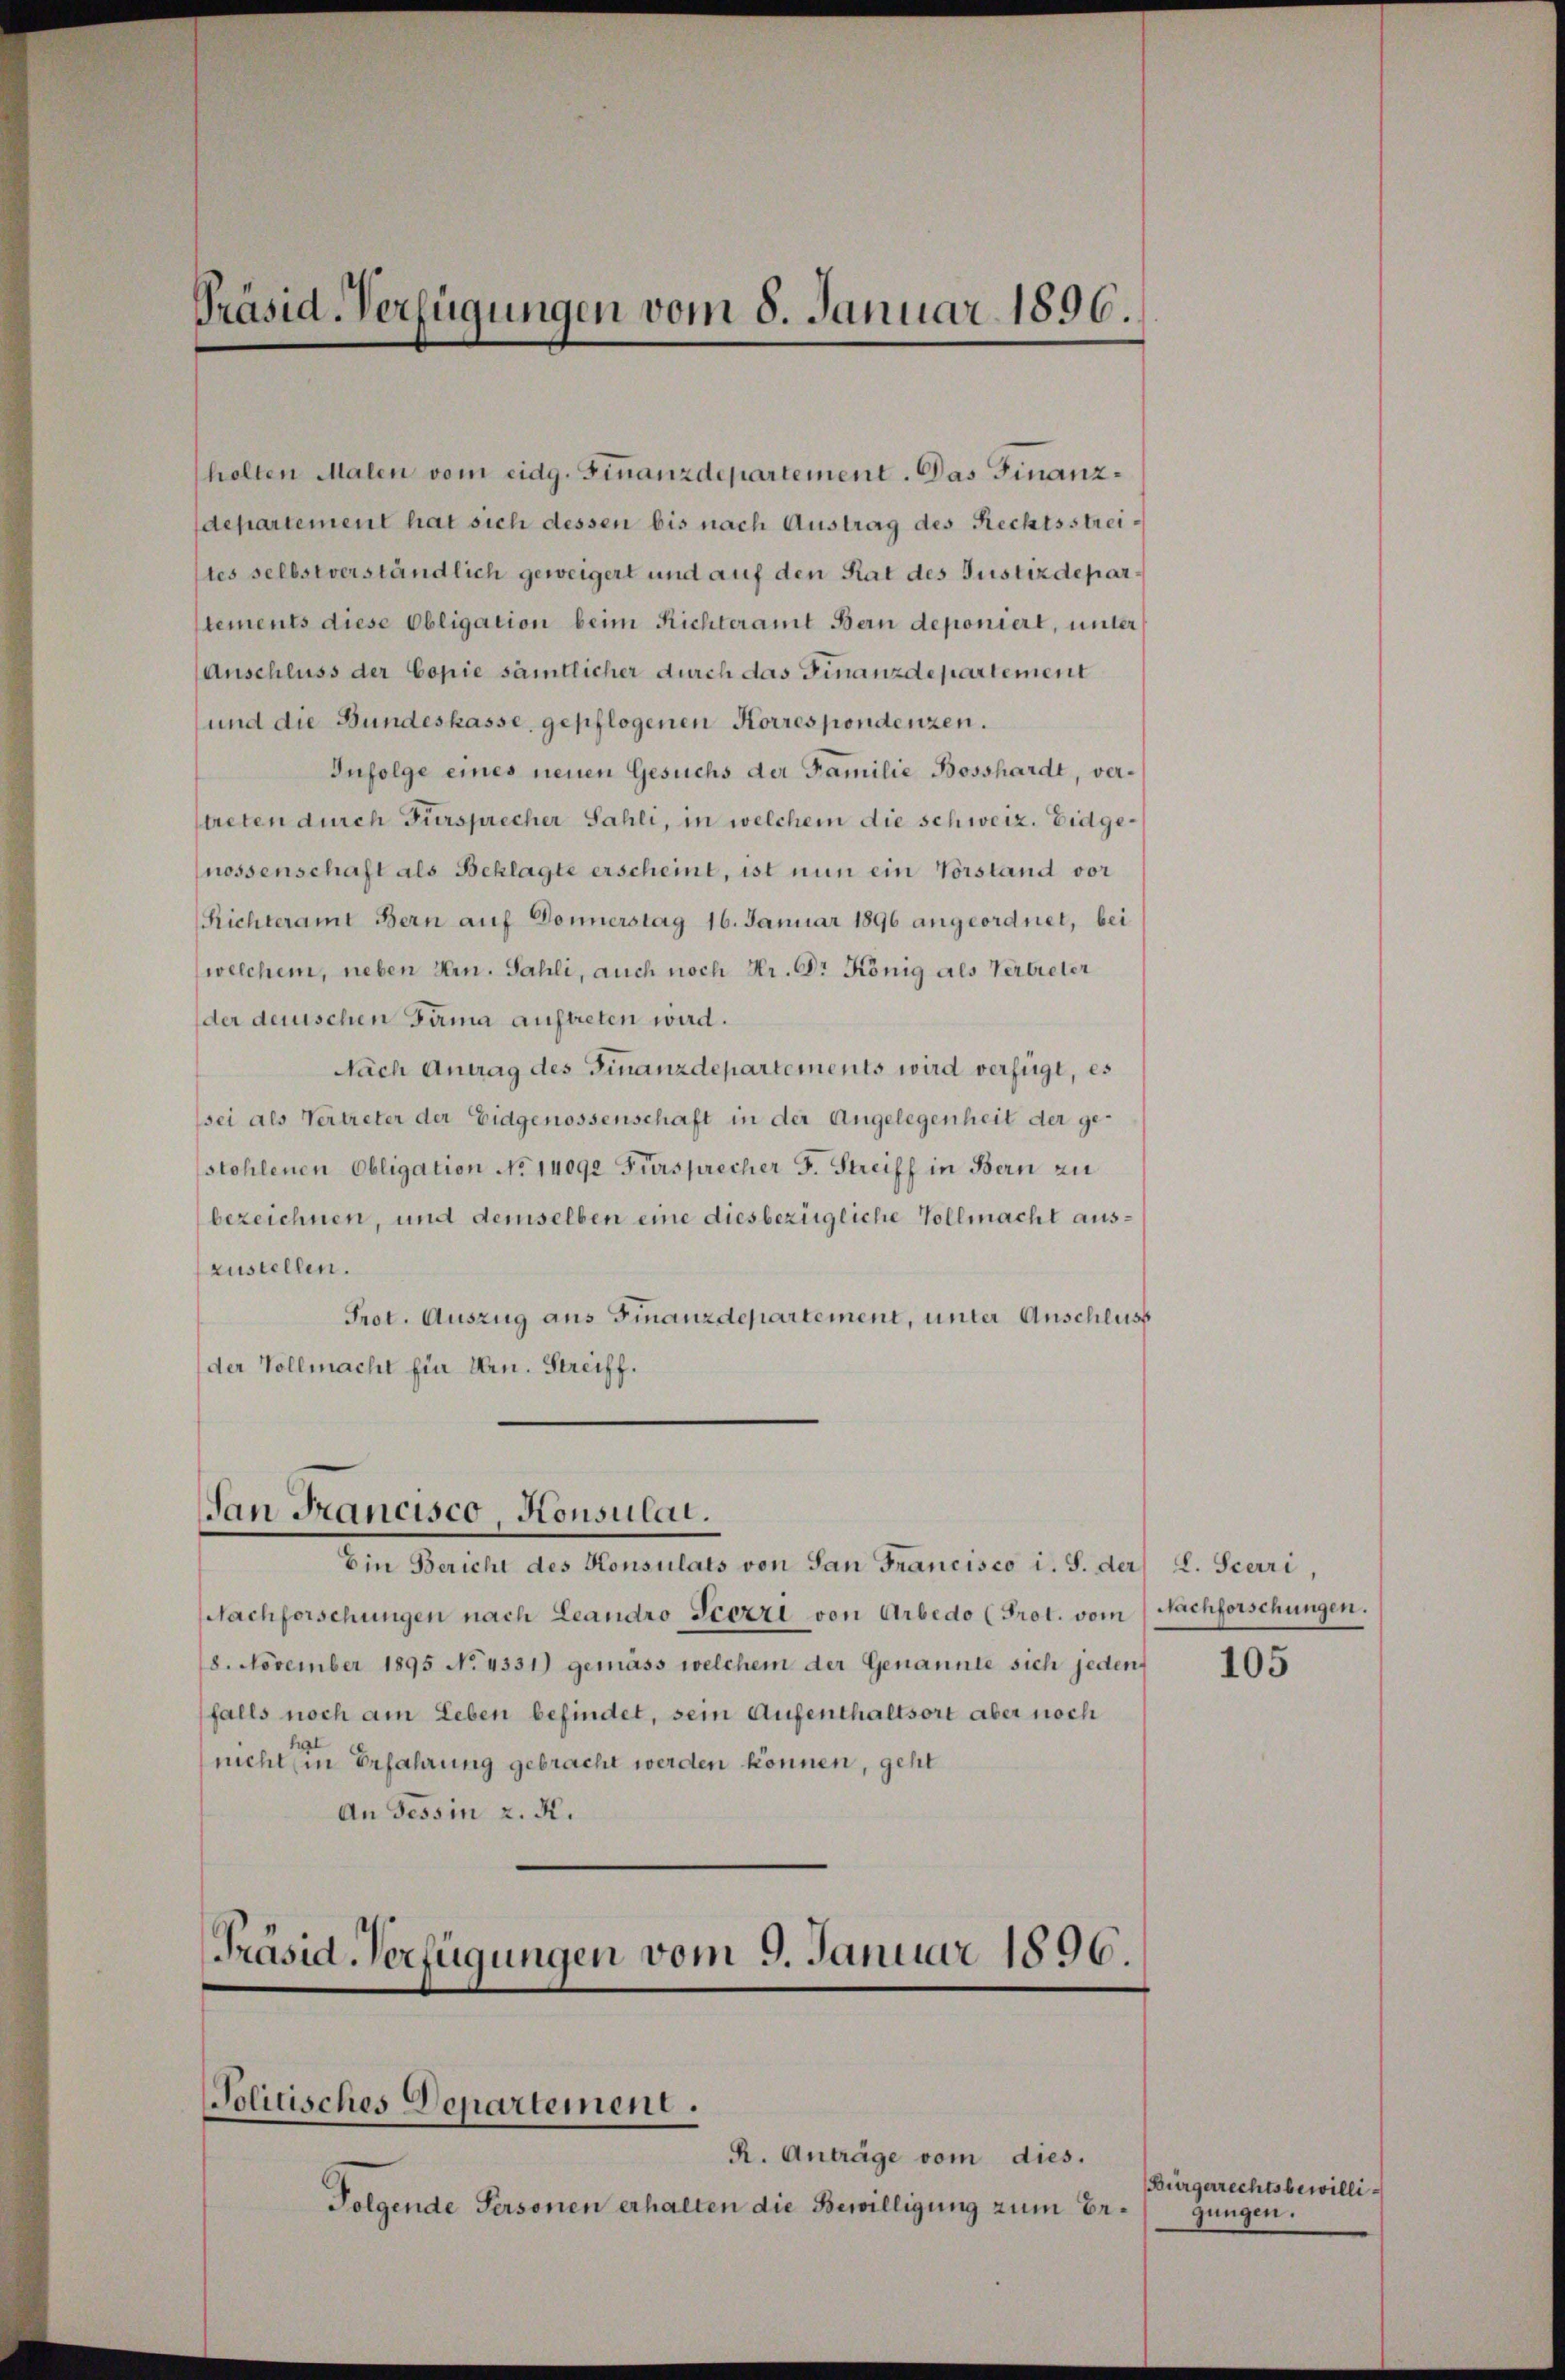
Präsid. Verfügungen vom 8. Januar 1896.

holten Malen vom eidg. Finanzdepartement. Das Finanzdepartement hat sich dessen bis nach Austrag des Rechtsstreites selbstverständlich geweigert und auf den Rat des Justizdepartements diese Obligation beim Richteramt Bern deponiert, unter
Anschluss der Copie sämtlicher durch das Finanzdepartement
und die Bundeskasse, gepflogenen Korrespondenzen.
Infolge eines neuen Gesuchs der Familie Bosshardt, vertreten durch Fürsprecher Sahli, in welchem die schweiz. Eidgenossenschaft als Beklagte erscheint, ist nun ein Vorstand vor
Richteramt Bern auf Donnerstag 16. Januar 1896 angeordnet, bei
(welchem, neben Hrn. Fahli, auch noch Hr. Dr. König als Verbieter
der denschen Fama auftreten wird.
Nach Antrag des Finanzdepartements wird verfügt, es
sei als Vertreter der Eidgenossenschaft in der Angelegenheit der gestohlenen Obligation No 14090 Fürsprecher F. Streiff in Bern zu
bezeichnen, und demselben eine diesbezügliche Vollmacht auszustellen.
Prot. Auszug aus Finanzdepartement, unter Anschluss
der Vollmacht für Hrn. Streiff.

San Francisco, Konsulat.

Ein Bericht des Konsulats von San Francisco i. S. der L. Scerri,
Nachforschungen nach Leandro-Seezzi von Arbedo (Prot. vom Nachforschungen.
8. November 1895 No 4331) gemäss welchem der Genannte sich jeden 105
falls noch am Leben befindet, sein Aufenthaltsort aber noch
nicht ein Erfahrung gebracht werden können, geht
An Tessin z. R.

Präsid-Verfügungen vom 9. Januar 1896.
Politisches Departement.

R. Anträge vom dies.
Folgende Personen erhalten die Bewilligung zum Er¬

Bürgerrechtsbewilligungen.